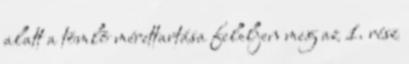
alatt a tömlõ mérettartása feleljen meg az 1. rész